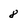
Character: 8